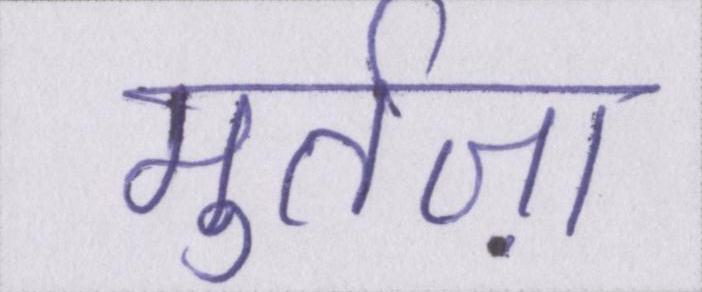
मुर्तज़ा